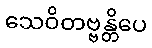
သေဝိတဗ္ဗန္တိပေ